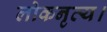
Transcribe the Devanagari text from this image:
लोकनृत्य।